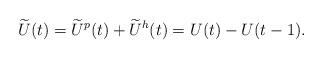
LaTeX: \begin{align*} \widetilde{U}(t)=\widetilde{U}^p(t)+\widetilde{U}^h(t)=U(t)-U(t-1).\end{align*}